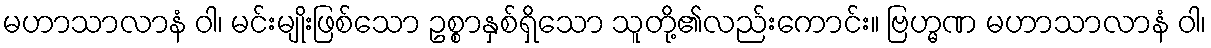
မဟာသာလာနံ ဝါ၊ မင်းမျိုးဖြစ်သော ဥစ္စာနှစ်ရှိသော သူတို့၏လည်းကောင်း။ ဗြဟ္မဏ မဟာသာလာနံ ဝါ၊